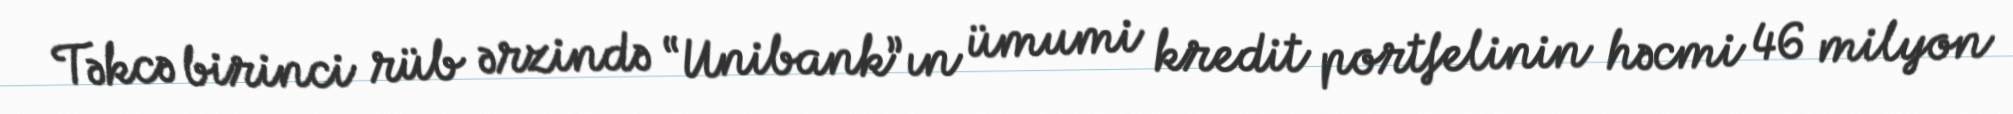
Təkcə birinci rüb ərzində “Unibank”ın ümumi kredit portfelinin həcmi 46 milyon